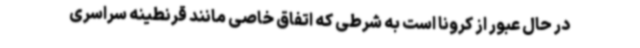
در حال عبور از کرونا است به شرطی که اتفاق خاصی مانند قرنطینه سراسری